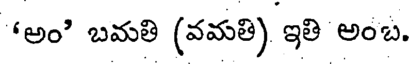
'అంి బమతి (వమతి) ఇతి అంబ.